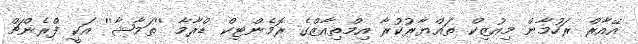
އޭއާރް ރަހުމާން މިއުޒިކް ތައްޔާރުކުރާ އިމްތިއާޒްގެ ރޮމެންޓިކް ޑްރާމާ ''ތަމާޝާ'' އަކީ ފްރެންޗް